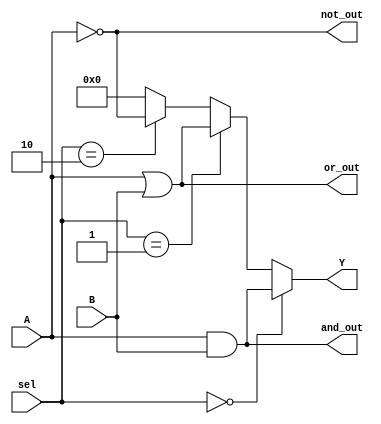
module combinational_logic_block (
    input  wire [3:0] A,        // 4-bit input A
    input  wire [3:0] B,        // 4-bit input B
    input  wire [1:0] sel,      // 2-bit selector for multiplexer
    output wire [3:0] Y,        // 4-bit output Y
    output wire [3:0] and_out,  // AND output
    output wire [3:0] or_out,   // OR output
    output wire [3:0] not_out    // NOT output
);

// AND Logic
assign and_out = A & B;

// OR Logic
assign or_out = A | B;

// NOT Logic
assign not_out = ~A;

// Multiplexer Logic
assign Y = (sel == 2'b00) ? and_out :
           (sel == 2'b01) ? or_out :
           (sel == 2'b10) ? not_out :
           4'b0000;  // Default case

endmodule